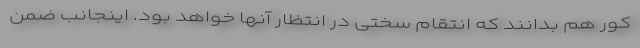
کور هم بدانند که انتقام سختی در انتظار آنها خواهد بود. اینجانب ضمن